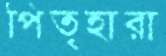
পিতৃহারা